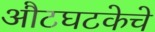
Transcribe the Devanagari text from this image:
औटघटकेचे